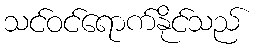
သင်ဝင်ရောက်နိုင်သည်